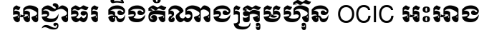
អាជ្ញាធរ និងតំណាងក្រុមហ៊ុន OCIC អះអាង